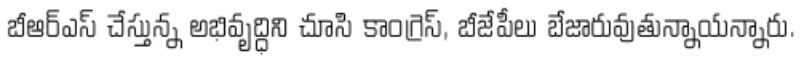
బీఆర్ఎస్ చేస్తున్న అభివృద్ధిని చూసి కాంగ్రెస్, బీజేపీలు బేజారువుతున్నాయన్నారు.